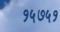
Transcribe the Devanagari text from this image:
१५७५१